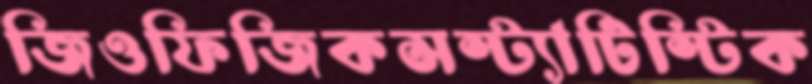
জিওফিজিকসস্ট্যাটিস্টিক